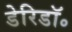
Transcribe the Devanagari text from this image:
डेरिडॉ॰